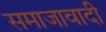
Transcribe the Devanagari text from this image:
समाजावादी